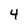
Character: 4